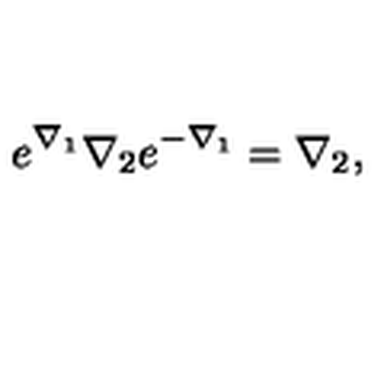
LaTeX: e ^ { \nabla _ { 1 } } \nabla _ { 2 } e ^ { - \nabla _ { 1 } } = \nabla _ { 2 } ,